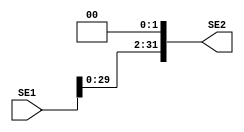
`timescale 1ns / 1ps

module Shift_Left_2(
    input [31:0] SE1,
    output reg [31:0] SE2
);
always @(SE1) SE2 = SE1 << 2;
endmodule